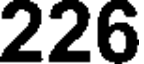
226